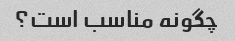
چگونه مناسب است؟